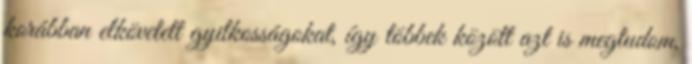
korábban elkövetett gyilkosságokat, így többek között azt is megtudom,